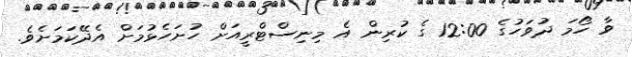
ވާ ހޯމަ ދުވަހުގެ 12:00 ގެ ކުރިން އެ މިނިސްޓްރީއަށް ހުށަހެޅުމަށް އެދޭކަމަށެވެ.